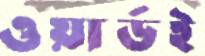
ওয়ার্ডই